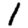
Digit: 1